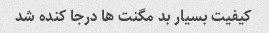
کیفیت بسیار بد مگنت ها درجا کنده شد